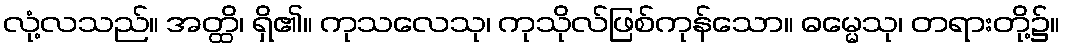
လုံ့လသည်။ အတ္ထိ၊ ရှိ၏။ ကုသလေသု၊ ကုသိုလ်ဖြစ်ကုန်သော။ ဓမ္မေသု၊ တရားတို့၌။